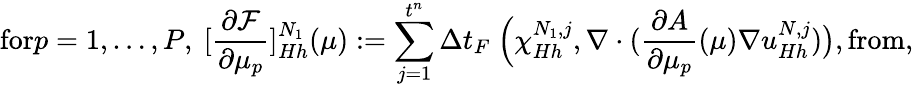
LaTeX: \textrm{for}p=1,\dots,P,\ [\frac{\partial\mathcal{F}}{\partial\mu_{p}}]_{Hh}^{N_{1}}(\mu):=\overset{t^{n}}{\underset{j=1}{\sum}}\Delta t_{F}\ \Big(\chi_{Hh}^{N_{1},j},\nabla\cdot(\frac{\partial A}{\partial\mu_{p}}(\mu)\nabla u_{Hh}^{N,j})\big),\textrm{from},